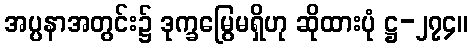
အပ္ပနာအတွင်း၌ ဒုက္ခမြွေမရှိဟု ဆိုထားပုံ ဋ္ဌ-၂၇၄။